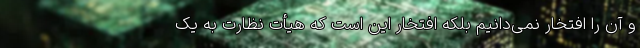
و آن را افتخار نمی‌دانیم بلکه افتخار این است که هیأت نظارت به یک